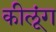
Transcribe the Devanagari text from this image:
कीलूंग